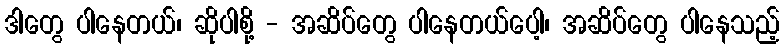
ဒါတွေ ပါနေတယ်၊ ဆိုပါစို့ - အဆိပ်တွေ ပါနေတယ်ပေါ့၊ အဆိပ်တွေ ပါနေသည့်